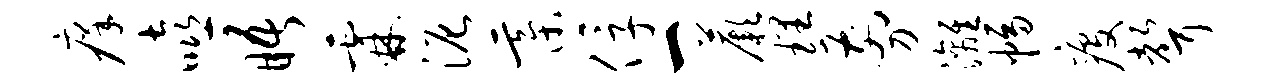
痒嘻晤霖泥綦俘一蕨理剪漓幅疫声